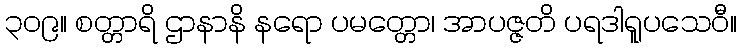
၃၀၉။ စတ္တာရိ ဌာနာနိ နရော ပမတ္တော၊ အာပဇ္ဇတိ ပရဒါရူပသေဝီ။